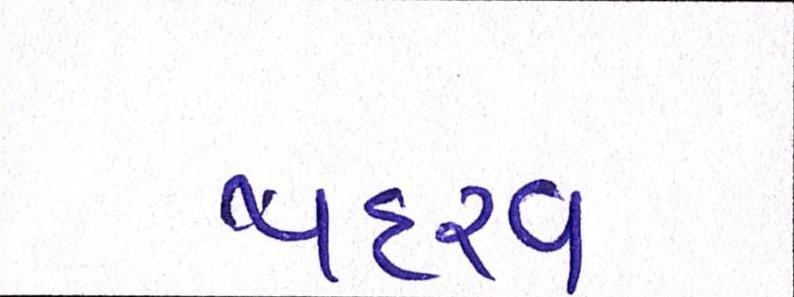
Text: પદરવ